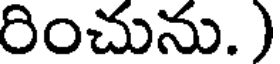
రించును. )